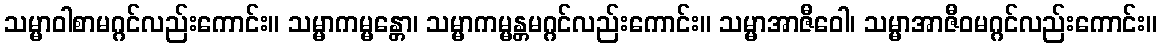
သမ္မာဝါစာမဂ္ဂင်လည်းကောင်း။ သမ္မာကမ္မန္တော၊ သမ္မာကမ္မန္တမဂ္ဂင်လည်းကောင်း။ သမ္မာအာဇီဝေါ၊ သမ္မာအာဇီဝမဂ္ဂင်လည်းကောင်း။